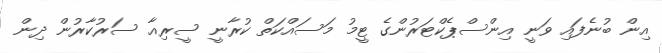
އިން ބުނެފައި ވަނީ އިންސްޕެކްޓަރުންގެ ޓީމު މަސައްކަތް ކުރާނީ ސީރިއާ ސަރުކާރުން ދިން